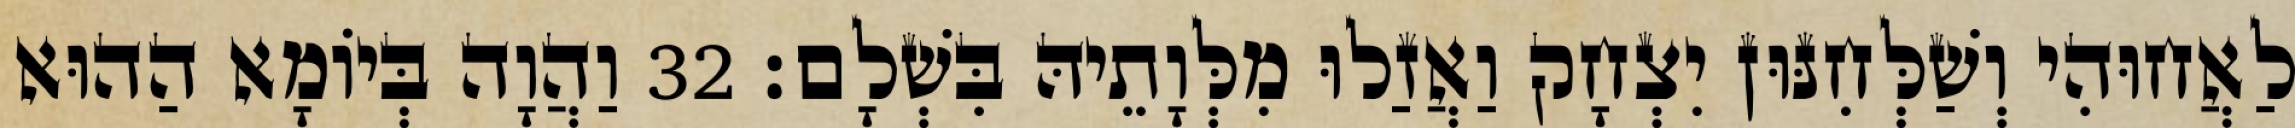
לַאֲחוּהִי וְשַׁלְּחִנּוּן יִצְחָק וַאֲזַלוּ מִלְּוָתֵיהּ בִּשְׁלָם׃ 32 וַהֲוָה בְּיוֹמָא הַהוּא